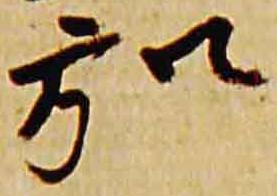
弘